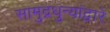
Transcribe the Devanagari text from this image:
सामुद्रधुन्यांद्वारे